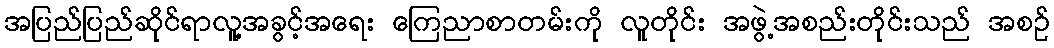
အပြည်ပြည်ဆိုင်ရာလူ့အခွင့်အရေး ကြေညာစာတမ်းကို လူတိုင်း အဖွဲ့အစည်းတိုင်းသည် အစဉ်